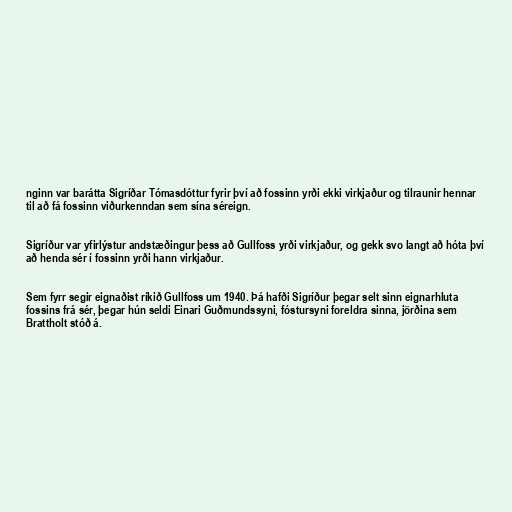
nginn var barátta Sigríðar Tómasdóttur fyrir því að fossinn yrði ekki virkjaður og tilraunir hennar
til að fá fossinn viðurkenndan sem sína séreign.

Sigríður var yfirlýstur andstæðingur þess að Gullfoss yrði virkjaður, og gekk svo langt að hóta því
að henda sér í fossinn yrði hann virkjaður.

Sem fyrr segir eignaðist ríkið Gullfoss um 1940. Þá hafði Sigríður þegar selt sinn eignarhluta
fossins frá sér, þegar hún seldi Einari Guðmundssyni, fóstursyni foreldra sinna, jörðina sem
Brattholt stóð á.